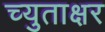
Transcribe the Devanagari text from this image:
च्युताक्षर